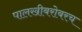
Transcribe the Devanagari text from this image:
पालखीबरोबरच